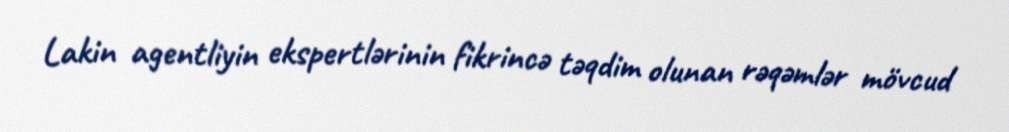
Lakin agentliyin ekspertlərinin fikrincə təqdim olunan rəqəmlər mövcud